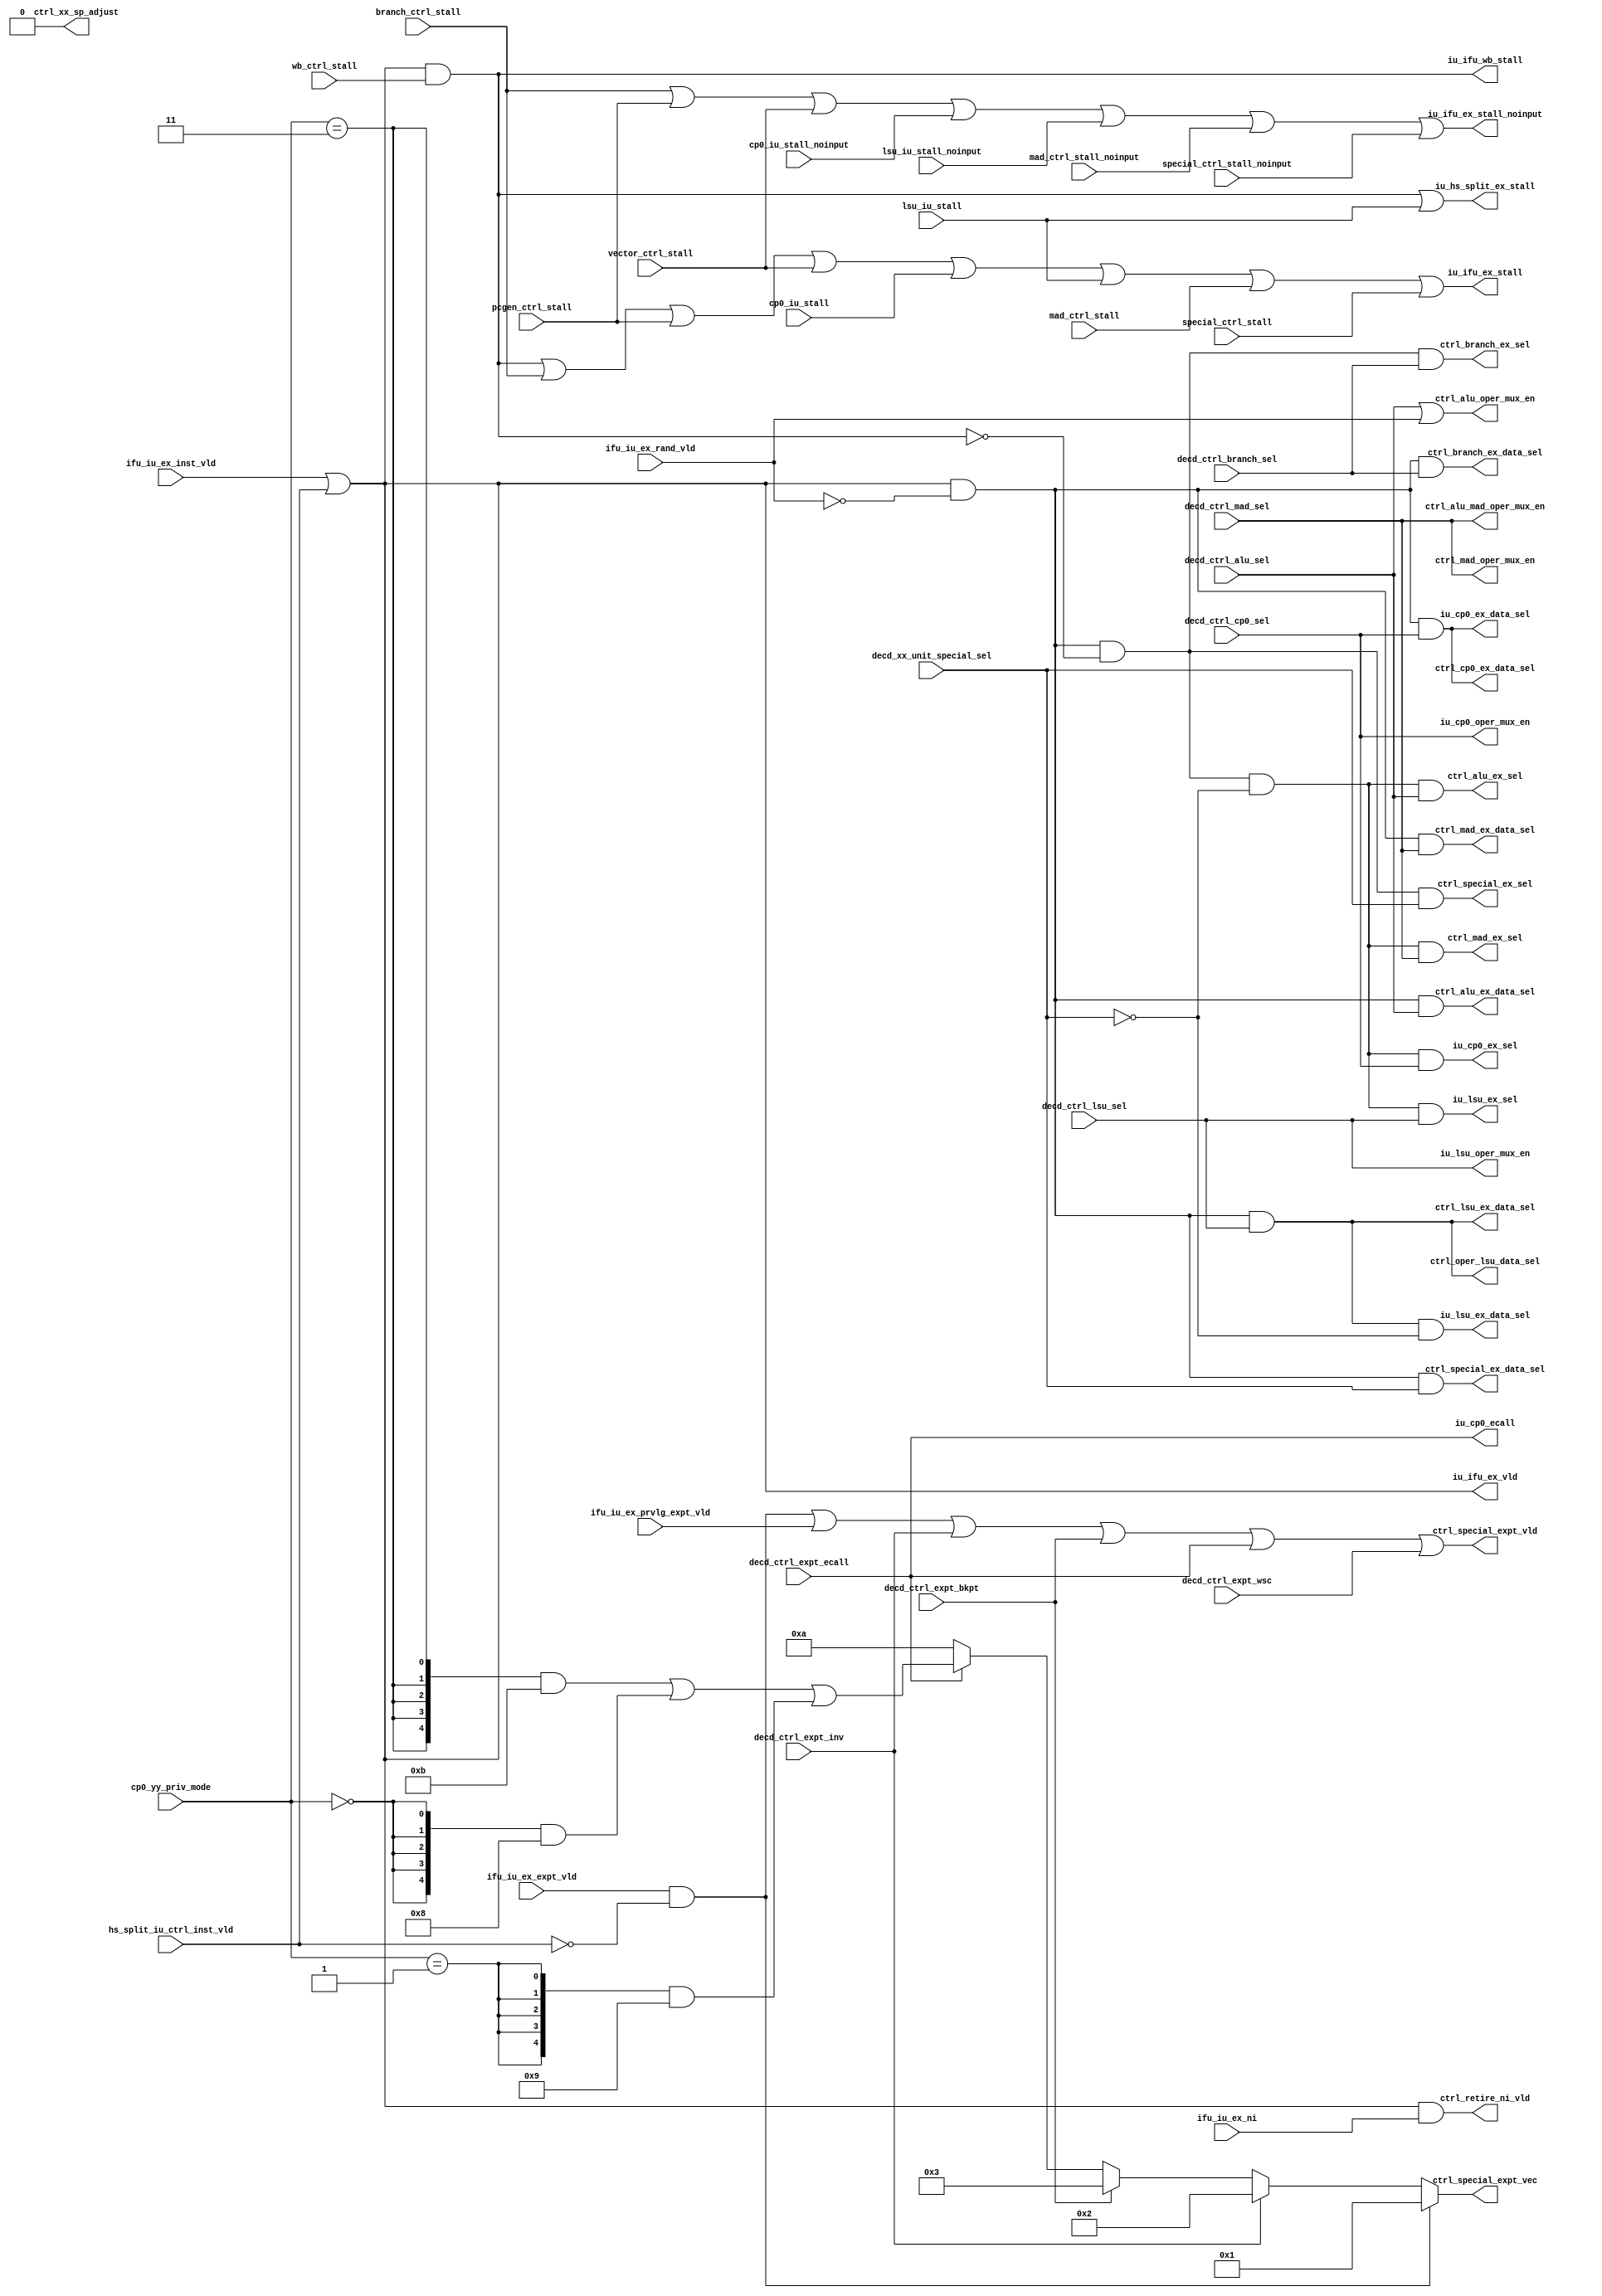
/*Copyright 2018-2021 T-Head Semiconductor Co., Ltd.

Licensed under the Apache License, Version 2.0 (the "License");
you may not use this file except in compliance with the License.
You may obtain a copy of the License at

    http://www.apache.org/licenses/LICENSE-2.0

Unless required by applicable law or agreed to in writing, software
distributed under the License is distributed on an "AS IS" BASIS,
WITHOUT WARRANTIES OR CONDITIONS OF ANY KIND, either express or implied.
See the License for the specific language governing permissions and
limitations under the License.
*/

// &ModuleBeg; @25
module cr_iu_ctrl(
  branch_ctrl_stall,
  cp0_iu_stall,
  cp0_iu_stall_noinput,
  cp0_yy_priv_mode,
  ctrl_alu_ex_data_sel,
  ctrl_alu_ex_sel,
  ctrl_alu_mad_oper_mux_en,
  ctrl_alu_oper_mux_en,
  ctrl_branch_ex_data_sel,
  ctrl_branch_ex_sel,
  ctrl_cp0_ex_data_sel,
  ctrl_lsu_ex_data_sel,
  ctrl_mad_ex_data_sel,
  ctrl_mad_ex_sel,
  ctrl_mad_oper_mux_en,
  ctrl_oper_lsu_data_sel,
  ctrl_retire_ni_vld,
  ctrl_special_ex_data_sel,
  ctrl_special_ex_sel,
  ctrl_special_expt_vec,
  ctrl_special_expt_vld,
  ctrl_xx_sp_adjust,
  decd_ctrl_alu_sel,
  decd_ctrl_branch_sel,
  decd_ctrl_cp0_sel,
  decd_ctrl_expt_bkpt,
  decd_ctrl_expt_ecall,
  decd_ctrl_expt_inv,
  decd_ctrl_expt_wsc,
  decd_ctrl_lsu_sel,
  decd_ctrl_mad_sel,
  decd_xx_unit_special_sel,
  hs_split_iu_ctrl_inst_vld,
  ifu_iu_ex_expt_vld,
  ifu_iu_ex_inst_vld,
  ifu_iu_ex_ni,
  ifu_iu_ex_prvlg_expt_vld,
  ifu_iu_ex_rand_vld,
  iu_cp0_ecall,
  iu_cp0_ex_data_sel,
  iu_cp0_ex_sel,
  iu_cp0_oper_mux_en,
  iu_hs_split_ex_stall,
  iu_ifu_ex_stall,
  iu_ifu_ex_stall_noinput,
  iu_ifu_ex_vld,
  iu_ifu_wb_stall,
  iu_lsu_ex_data_sel,
  iu_lsu_ex_sel,
  iu_lsu_oper_mux_en,
  lsu_iu_stall,
  lsu_iu_stall_noinput,
  mad_ctrl_stall,
  mad_ctrl_stall_noinput,
  pcgen_ctrl_stall,
  special_ctrl_stall,
  special_ctrl_stall_noinput,
  vector_ctrl_stall,
  wb_ctrl_stall
);

// &Ports; @26
input          branch_ctrl_stall;          
input          cp0_iu_stall;               
input          cp0_iu_stall_noinput;       
input   [1:0]  cp0_yy_priv_mode;           
input          decd_ctrl_alu_sel;          
input          decd_ctrl_branch_sel;       
input          decd_ctrl_cp0_sel;          
input          decd_ctrl_expt_bkpt;        
input          decd_ctrl_expt_ecall;       
input          decd_ctrl_expt_inv;         
input          decd_ctrl_expt_wsc;         
input          decd_ctrl_lsu_sel;          
input          decd_ctrl_mad_sel;          
input          decd_xx_unit_special_sel;   
input          hs_split_iu_ctrl_inst_vld;  
input          ifu_iu_ex_expt_vld;         
input          ifu_iu_ex_inst_vld;         
input          ifu_iu_ex_ni;               
input          ifu_iu_ex_prvlg_expt_vld;   
input          ifu_iu_ex_rand_vld;         
input          lsu_iu_stall;               
input          lsu_iu_stall_noinput;       
input          mad_ctrl_stall;             
input          mad_ctrl_stall_noinput;     
input          pcgen_ctrl_stall;           
input          special_ctrl_stall;         
input          special_ctrl_stall_noinput; 
input          vector_ctrl_stall;          
input          wb_ctrl_stall;              
output         ctrl_alu_ex_data_sel;       
output         ctrl_alu_ex_sel;            
output         ctrl_alu_mad_oper_mux_en;   
output         ctrl_alu_oper_mux_en;       
output         ctrl_branch_ex_data_sel;    
output         ctrl_branch_ex_sel;         
output         ctrl_cp0_ex_data_sel;       
output         ctrl_lsu_ex_data_sel;       
output         ctrl_mad_ex_data_sel;       
output         ctrl_mad_ex_sel;            
output         ctrl_mad_oper_mux_en;       
output         ctrl_oper_lsu_data_sel;     
output         ctrl_retire_ni_vld;         
output         ctrl_special_ex_data_sel;   
output         ctrl_special_ex_sel;        
output  [4:0]  ctrl_special_expt_vec;      
output         ctrl_special_expt_vld;      
output         ctrl_xx_sp_adjust;          
output         iu_cp0_ecall;               
output         iu_cp0_ex_data_sel;         
output         iu_cp0_ex_sel;              
output         iu_cp0_oper_mux_en;         
output         iu_hs_split_ex_stall;       
output         iu_ifu_ex_stall;            
output         iu_ifu_ex_stall_noinput;    
output         iu_ifu_ex_vld;              
output         iu_ifu_wb_stall;            
output         iu_lsu_ex_data_sel;         
output         iu_lsu_ex_sel;              
output         iu_lsu_oper_mux_en;         

// &Regs; @27
reg     [4:0]  ctrl_special_expt_vec;      

// &Wires; @28
wire           bctm_ctrl_stall;            
wire           branch_ctrl_stall;          
wire           cp0_iu_stall;               
wire           cp0_iu_stall_noinput;       
wire    [1:0]  cp0_yy_priv_mode;           
wire           ctrl_alu_ex_data_sel;       
wire           ctrl_alu_ex_sel;            
wire           ctrl_alu_mad_oper_mux_en;   
wire           ctrl_alu_oper_mux_en;       
wire           ctrl_branch_ex_data_sel;    
wire           ctrl_branch_ex_sel;         
wire           ctrl_cp0_ex_data_sel;       
wire           ctrl_ex_inst_vld;           
wire           ctrl_internal_stall;        
wire           ctrl_lsu_ex_data_sel;       
wire           ctrl_mad_ex_data_sel;       
wire           ctrl_mad_ex_sel;            
wire           ctrl_mad_oper_mux_en;       
wire           ctrl_oper_lsu_data_sel;     
wire           ctrl_retire_ni_vld;         
wire           ctrl_special_ex_data_sel;   
wire           ctrl_special_ex_sel;        
wire           ctrl_special_expt_vld;      
wire           ctrl_xx_sp_adjust;          
wire           decd_ctrl_alu_sel;          
wire           decd_ctrl_branch_sel;       
wire           decd_ctrl_cp0_sel;          
wire           decd_ctrl_expt_bkpt;        
wire           decd_ctrl_expt_ecall;       
wire           decd_ctrl_expt_inv;         
wire           decd_ctrl_expt_wsc;         
wire           decd_ctrl_lsu_sel;          
wire           decd_ctrl_mad_sel;          
wire           decd_xx_unit_special_sel;   
wire           hs_split_iu_ctrl_inst_vld;  
wire           ifu_iu_ex_expt_vld;         
wire           ifu_iu_ex_hs_split_expt_vld; 
wire           ifu_iu_ex_hs_split_inst_vld; 
wire           ifu_iu_ex_inst_vld;         
wire           ifu_iu_ex_ni;               
wire           ifu_iu_ex_prvlg_expt_vld;   
wire           ifu_iu_ex_rand_vld;         
wire           iu_cp0_ecall;               
wire           iu_cp0_ex_data_sel;         
wire           iu_cp0_ex_sel;              
wire           iu_cp0_oper_mux_en;         
wire           iu_hs_split_ex_stall;       
wire           iu_ifu_ex_stall;            
wire           iu_ifu_ex_stall_noinput;    
wire           iu_ifu_ex_vld;              
wire           iu_ifu_wb_stall;            
wire           iu_lsu_ex_data_sel;         
wire           iu_lsu_ex_sel;              
wire           iu_lsu_oper_mux_en;         
wire           lsu_iu_stall;               
wire           lsu_iu_stall_noinput;       
wire           mad_ctrl_stall;             
wire           mad_ctrl_stall_noinput;     
wire           pcgen_ctrl_stall;           
wire           predec_lsu_sel;             
wire           sec_ctrl_stall;             
wire           special_ctrl_stall;         
wire           special_ctrl_stall_noinput; 
wire           vector_ctrl_stall;          
wire           wb_ctrl_stall;              


//==========================================================
//                  IU internal stall
//==========================================================
//1.write buffer will stall when load/store not complete
//2.jump register source cannot forward from load value
//  set stall in this condition
assign ifu_iu_ex_hs_split_inst_vld = ifu_iu_ex_inst_vld || hs_split_iu_ctrl_inst_vld;
assign ctrl_internal_stall  = ifu_iu_ex_hs_split_inst_vld
                              && wb_ctrl_stall;
assign iu_ifu_wb_stall = ctrl_internal_stall;

//==========================================================
//                  Generate stall signal
//==========================================================
assign bctm_ctrl_stall = 1'b0;
assign sec_ctrl_stall = 1'b0;
//the stall signal does not contain ex_inst_vld here, each
//execution unit will signal stall when it is valid
assign iu_ifu_ex_stall = ctrl_internal_stall
                         || branch_ctrl_stall
                         || pcgen_ctrl_stall
                         || vector_ctrl_stall
                         || cp0_iu_stall
                         || lsu_iu_stall
                         || mad_ctrl_stall
                         || special_ctrl_stall
                         || bctm_ctrl_stall
                         || sec_ctrl_stall;
assign iu_hs_split_ex_stall = ctrl_internal_stall || lsu_iu_stall;
// &Force("output","iu_ifu_ex_stall"); @65
assign iu_ifu_ex_vld  = ifu_iu_ex_hs_split_inst_vld;
assign iu_ifu_ex_stall_noinput = 
                            branch_ctrl_stall
                         || pcgen_ctrl_stall
                         || vector_ctrl_stall
                         || cp0_iu_stall_noinput
                         || lsu_iu_stall_noinput
                         || mad_ctrl_stall_noinput
                         || special_ctrl_stall_noinput
                         || bctm_ctrl_stall
                         || sec_ctrl_stall;

//==========================================================
//                Random Isntruction Valid
//==========================================================
//1.write buffer stall will make ex pipeline not valid
//2.random instruction does not generate control
//  path selection but turns on data path selection
assign ctrl_ex_inst_vld      = ifu_iu_ex_hs_split_inst_vld
                               && !ifu_iu_ex_rand_vld
                               && !ctrl_internal_stall;

//==========================================================
//             Execution Unit selection signal
//==========================================================
assign predec_lsu_sel    = decd_ctrl_lsu_sel;

// &Force("bus","decd_xx_unit_sel",6,0); @93
assign ctrl_alu_ex_sel       = ctrl_ex_inst_vld && !decd_xx_unit_special_sel && decd_ctrl_alu_sel;
assign ctrl_mad_ex_sel       = ctrl_ex_inst_vld && !decd_xx_unit_special_sel && decd_ctrl_mad_sel;
assign iu_lsu_ex_sel         = ctrl_ex_inst_vld && !decd_xx_unit_special_sel && predec_lsu_sel;
assign ctrl_special_ex_sel   = ctrl_ex_inst_vld &&  decd_xx_unit_special_sel;
assign iu_cp0_ex_sel         = ctrl_ex_inst_vld && !decd_xx_unit_special_sel && decd_ctrl_cp0_sel;
//branch unit is decd precisely, need't to see decd_xx_unit_special_sel
assign ctrl_branch_ex_sel    = ctrl_ex_inst_vld && decd_ctrl_branch_sel;
assign ctrl_alu_oper_mux_en     = decd_ctrl_alu_sel || ifu_iu_ex_rand_vld;
assign ctrl_mad_oper_mux_en     = decd_ctrl_mad_sel;
assign ctrl_alu_mad_oper_mux_en = decd_ctrl_mad_sel;
//assign iu_cp0_oper_mux_en       = (seu_xx_oper_mux_en[4] || decd_ctrl_cp0_sel);
assign iu_cp0_oper_mux_en       = decd_ctrl_cp0_sel;
assign iu_cp0_ecall             = decd_ctrl_expt_ecall;

assign iu_lsu_oper_mux_en       = predec_lsu_sel;

//the data path selection signal is only from decode information,
assign ctrl_alu_ex_data_sel     = ifu_iu_ex_hs_split_inst_vld && !ifu_iu_ex_rand_vld && decd_ctrl_alu_sel;
assign ctrl_mad_ex_data_sel     = ifu_iu_ex_hs_split_inst_vld && !ifu_iu_ex_rand_vld && decd_ctrl_mad_sel;
assign ctrl_lsu_ex_data_sel     = ifu_iu_ex_hs_split_inst_vld && !ifu_iu_ex_rand_vld && predec_lsu_sel;
assign ctrl_special_ex_data_sel = ifu_iu_ex_hs_split_inst_vld && !ifu_iu_ex_rand_vld && decd_xx_unit_special_sel;
assign ctrl_cp0_ex_data_sel     = ifu_iu_ex_hs_split_inst_vld && !ifu_iu_ex_rand_vld && decd_ctrl_cp0_sel;
assign ctrl_branch_ex_data_sel  = ifu_iu_ex_hs_split_inst_vld && !ifu_iu_ex_rand_vld && decd_ctrl_branch_sel;
assign ctrl_oper_lsu_data_sel   = ifu_iu_ex_hs_split_inst_vld && !ifu_iu_ex_rand_vld && predec_lsu_sel;

//when illeagle inst, lsu req cannot be asserted
assign iu_lsu_ex_data_sel       = ifu_iu_ex_hs_split_inst_vld && !ifu_iu_ex_rand_vld && predec_lsu_sel
                                  && !decd_xx_unit_special_sel;
assign iu_cp0_ex_data_sel       = ifu_iu_ex_hs_split_inst_vld && !ifu_iu_ex_rand_vld && decd_ctrl_cp0_sel;



//==========================================================
//                 Other Control signals
//==========================================================
//ignore internal stall signal to avoid memory transcmplt 
//path to get in
//EX stage instruction write back valid
//pay attention that bctm writes back r15 at the next
//cycle of check fail, but at that time there is no inst_vld
//in EX pipeline, so any write back/forward signal with
//following ex_inst_vld signals should be carefully designed.
//for examples, please refer to iu_wb

//when the sub_sp of nie, ee ie in PSR need to be asserted
// &Force("output","iu_cp0_nest_int_en"); @150
//assign ctrl_wb_nie_nir_vld = ifu_iu_ex_cr_oper;
assign ctrl_xx_sp_adjust = 1'b0;



//==========================================================
//               Non Interruptable Instruction
//==========================================================
assign ctrl_retire_ni_vld       = ifu_iu_ex_hs_split_inst_vld && ifu_iu_ex_ni;

//==========================================================
//                    Handle Exceptions
//==========================================================
assign ifu_iu_ex_hs_split_expt_vld   = ifu_iu_ex_expt_vld && !hs_split_iu_ctrl_inst_vld;
assign ctrl_special_expt_vld = ifu_iu_ex_hs_split_expt_vld
                            || ifu_iu_ex_prvlg_expt_vld
                            || decd_ctrl_expt_inv
                            || decd_ctrl_expt_bkpt
                            || decd_ctrl_expt_ecall
                            || decd_ctrl_expt_wsc;
// &CombBeg; @181
always @( cp0_yy_priv_mode[1:0]
       or decd_ctrl_expt_inv
       or decd_ctrl_expt_bkpt
       or ifu_iu_ex_hs_split_expt_vld
       or decd_ctrl_expt_ecall)
begin
  if(ifu_iu_ex_hs_split_expt_vld)       // Instruction access fault
  begin
    ctrl_special_expt_vec[4:0] = 5'b1;
  end
  else if(decd_ctrl_expt_inv )  // Illegal Instruction
  begin
    ctrl_special_expt_vec[4:0] = 5'b10;
  end
  else if(decd_ctrl_expt_bkpt) // Breakpoint
  begin
    ctrl_special_expt_vec[4:0] = 5'b11;
  end
  else if(decd_ctrl_expt_ecall) // Ecall from M-mode/U-mode
  begin
    ctrl_special_expt_vec[4:0] = {5{(cp0_yy_priv_mode[1:0] == 2'b11)}} & 5'b1011 |
                                 {5{(cp0_yy_priv_mode[1:0] == 2'b00)}} & 5'b1000 |
                                 {5{(cp0_yy_priv_mode[1:0] == 2'b01)}} & 5'b1001;
  end
  else  // no exception in before execution units, use reserved value
  begin
    ctrl_special_expt_vec[4:0] = 5'b01010;
  end
// &CombEnd; @204
end

// &ModuleEnd; @206
endmodule